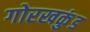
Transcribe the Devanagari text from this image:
गोरखकुंड